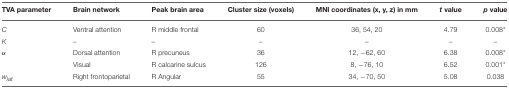
| TVA parameter | Brain network | Peak brain area | Cluster size (voxels) | MNI coordinates (x, y, z) in mm | t value | p value |
 | --- | --- | --- | --- | --- | --- | --- |
 | C | Ventral attention | R middle frontal | 60 | 36, 54, 20 | 4.79 | 0.008* |
 | K | – | – | – | – | – | – |
 | α | Dorsal attention | R precuneus | 36 | 12, −62, 60 | 6.38 | 0.008* |
 |  | Visual | R calcarine sulcus | 126 | 8, −76, 10 | 6.52 | 0.001* |
 | wlat | Right frontoparietal | R Angular | 55 | 34, −70, 50 | 5.08 | 0.038 |